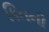
કિતની